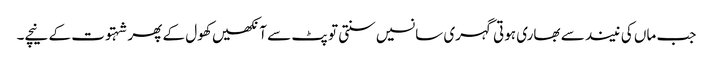
جب ماں کی نیند سے بھاری ہوتی گہری سانسیں سنتی تو پٹ سے آنکھیں کھول کے پھر شہتوت کے نیچے۔